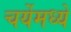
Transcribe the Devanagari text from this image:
चर्येमध्ये